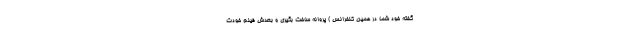
گفته خود شما در همین کنفرانس ) پروانه ساخت بگیری و بعدش فیلم خودت